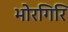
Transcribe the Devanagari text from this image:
भोरगिरि